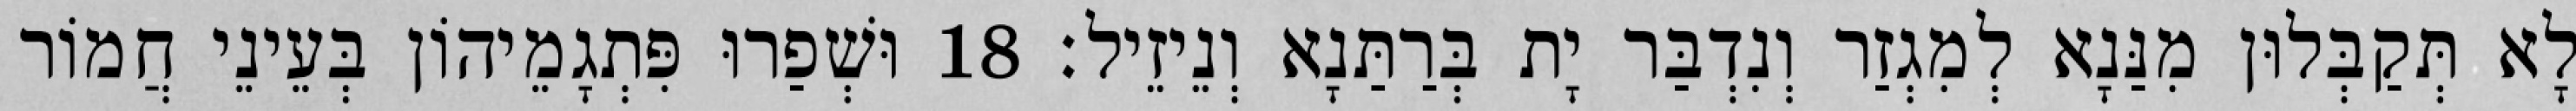
לָא תְּקַבְּלוּן מִנַּנָא לְמִגְזַר וְנִדְבַּר יָת בְּרַתַּנָא וְנֵיזֵיל׃ 18 וּשְׁפַרוּ פִּתְגָמֵיהוֹן בְּעֵינֵי חֲמוֹר